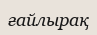
ғайлырақ